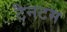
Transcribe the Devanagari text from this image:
टैनटम